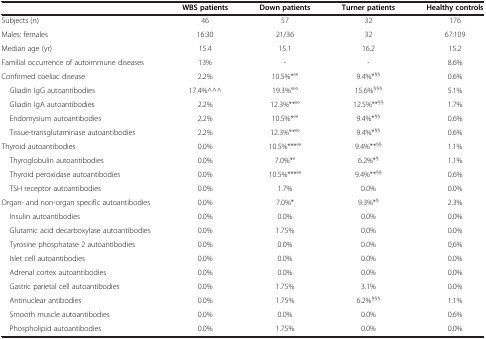
|  | WBS patients | Down patients | Turner patients | Healthy controls |
 | --- | --- | --- | --- | --- |
 | Subjects (n) | 46 | 57 | 32 | 176 |
 | Males: females | 16:30 | 21/36 | 32 | 67:109 |
 | Median age (yr) | 15.4 | 15.1 | 16.2 | 15.2 |
 | Familial occurrence of autoimmune diseases | 13% | - | - | 8.6% |
 | Confirmed coeliac disease | 2.2% | 10.5%*°° | 9.4%*§§ | 0.6% |
 | Gliadin IgG autoantibodies | 17.4%^^^ | 19.3%°°° | 15.6%§§§ | 5.1% |
 | Gliadin IgA autoantibodies | 2.2% | 12.3%**°° | 12.5%**§§ | 1.7% |
 | Endomysium autoantibodies | 2.2% | 10.5%*°° | 9.4%*§§ | 0.6% |
 | Tissue-transglutaminase autoantibodies | 2.2% | 12.3%**°° | 9.4%*§§ | 0.6% |
 | Thyroid autoantibodies | 0.0% | 10.5%***°° | 9.4%**§§ | 1.1% |
 | Thyroglobulin autoantibodies | 0.0% | 7.0%*° | 6.2%*§ | 1.1% |
 | Thyroid peroxidase autoantibodies | 0.0% | 10.5%***°° | 9.4%**§§ | 0.6% |
 | TSH receptor autoantibodies | 0.0% | 1.7% | 0.0% | 0.0% |
 | Organ- and non-organ specific autoantibodies | 0.0% | 7.0%* | 9.3%*§ | 2.3% |
 | Insulin autoantibodies | 0.0% | 0.0% | 0.0% | 0.0% |
 | Glutamic acid decarboxylase autoantibodies | 0.0% | 1.75% | 0.0% | 0.0% |
 | Tyrosine phosphatase 2 autoantibodies | 0.0% | 0.0% | 0.0% | 0,6% |
 | Islet cell autoantibodies | 0.0% | 0.0% | 0.0% | 0.0% |
 | Adrenal cortex autoantibodies | 0.0% | 0.0% | 0.0% | 0.0% |
 | Gastric parietal cell autoantibodies | 0.0% | 1.75% | 3.1% | 0.0% |
 | Antinuclear antibodies | 0.0% | 1.75% | 6.2%§§§ | 1.1% |
 | Smooth muscle autoantibodies | 0.0% | 0.0% | 0.0% | 0.6% |
 | Phospholipid autoantibodies | 0.0% | 1.75% | 0.0% | 0.0% |